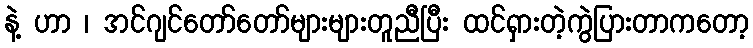
နဲ့ ဟာ ၊ အင်ဂျင်တော်တော်များများတူညီပြီး ထင်ရှားတဲ့ကွဲပြားတာကတော့